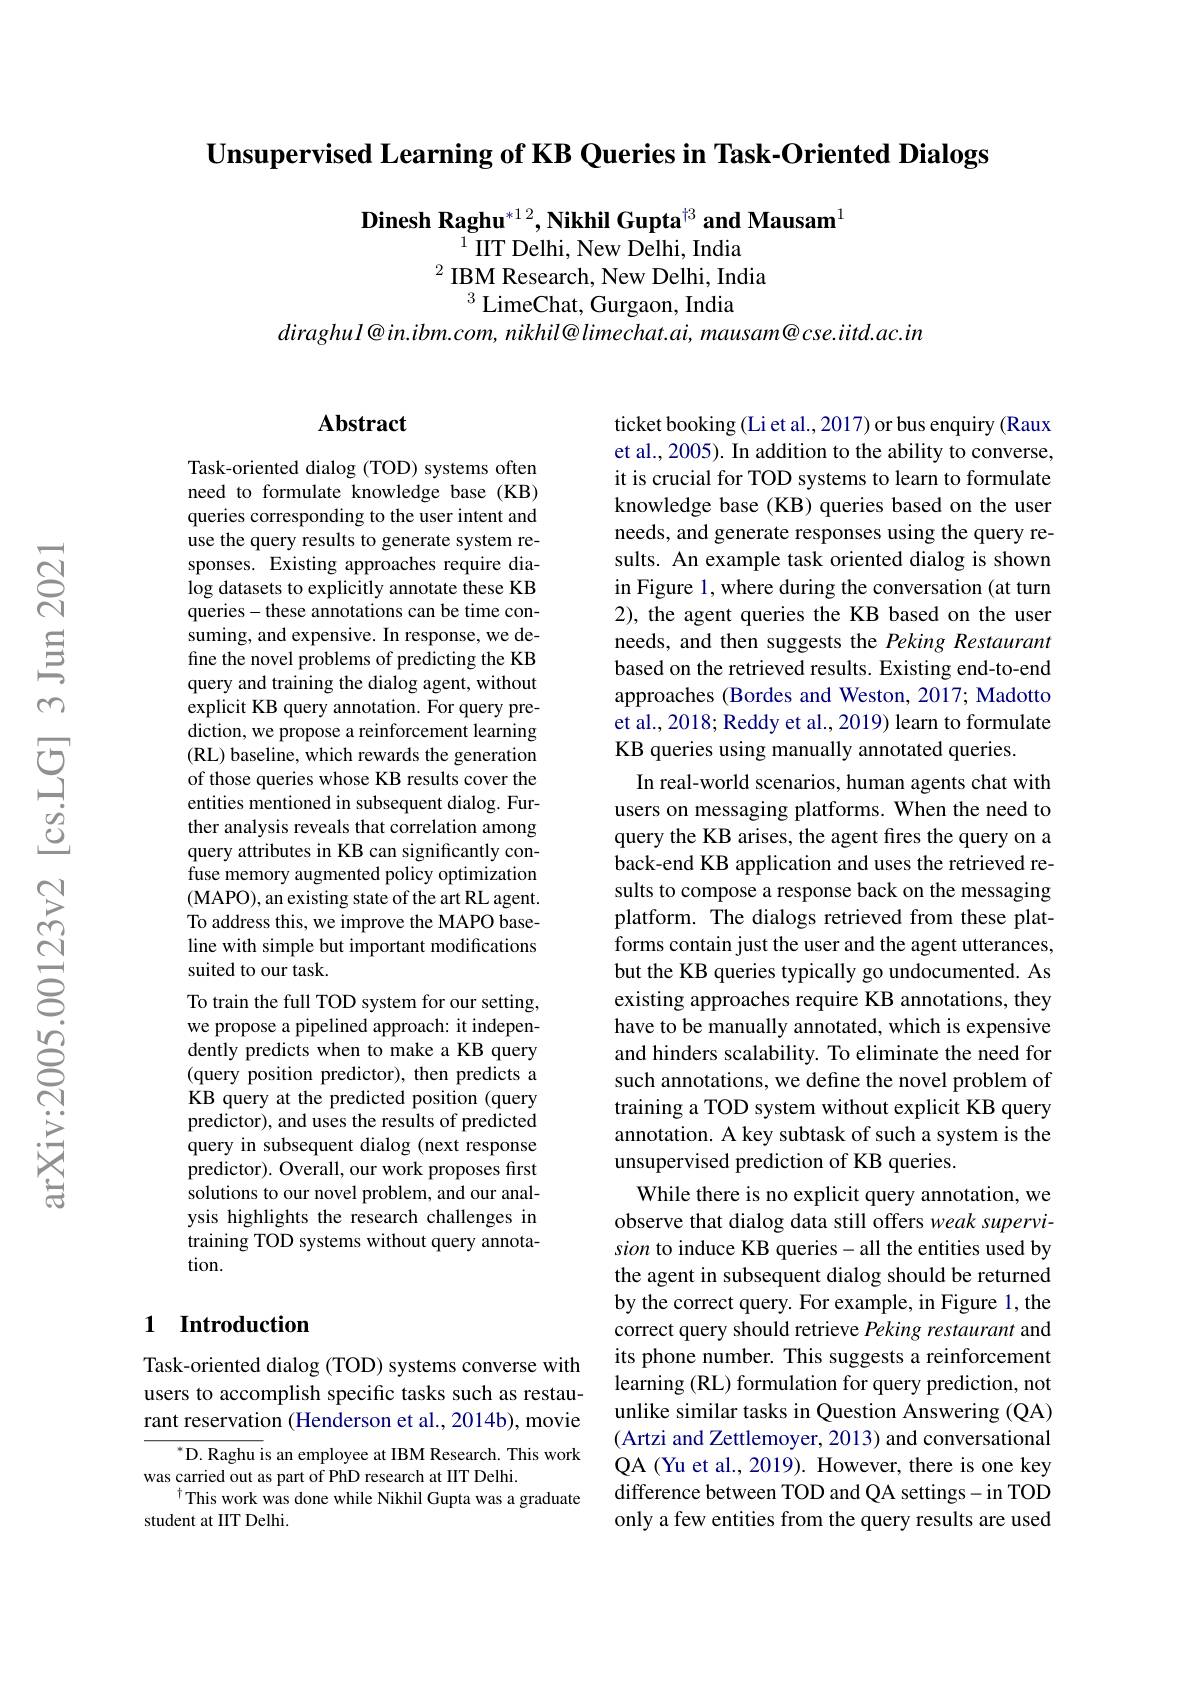
$\textbf{Unsupervised Learning of KB Queries in Task- Oriented Dialogs}$

Dinesh Raghu$^{*12},\textbf{Nikhil Gupta}^{\dagger3}$ and Mausam$^{1}$
$^{1}$IIT Delhi, New Delhi, India
$^{2}$ IBM Research, New Delhi, India
$^3$ LimeChat, Gurgaon, India

$diraghul@in.ibm.com,nikhil@limechat.ai,mausam@cse.iitd.ac.in$

### $\mathbf{Abstract}$

Task-oriented dialog (TOD) systems often need to formulate knowledge base (KB) queries corresponding to the user intent and use the query results to generate system responses. Existing approaches require dialog datasets to explicitly annotate these KB queries- these annotations can be time consuming, and expensive. In response, we define the novel problems of predicting the KB query and training the dialog agent, without explicit KB query annotation. For query prediction, we propose a reinforcement learning (RL) baseline, which rewards the generation of those queries whose KB results cover the entities mentioned in subsequent dialog. Further analysis reveals that correlation among query attributes in KB can significantly confuse memory augmented policy optimization (MAPO), an existing state of the art RL agent. To address this, we improve the MAPO baseline with simple but important modifications suited to our task.
To train the full TOD system for our setting, we propose a pipelined approach: it independently predicts when to make a KB query (query position predictor), then predicts a KB query at the predicted position (query predictor), and uses the results of predicted query in subsequent dialog (next response predictor). Overall, our work proposes first solutions to our novel problem, and our analysis highlights the research challenges in training TOD systems without query annotation.

## 1 Introduction

Task-oriented dialog (TOD) systems converse with users to accomplish specific tasks such as restaurant reservation (Henderson et al., 2014b), movie

$^*$D.Raghu is an employee at IBM Research. This work
was carried out as part of PhD research at IIT Delhi.
$^{\dagger}$This work was done while Nikhil Gupta was a graduate
student at IIT Delhi.

ticket booking (Li et al., 2017) or bus enquiry (Raux et al., 2005). In addition to the ability to converse, it is crucial for TOD systems to learn to formulate knowledge base (KB) queries based on the user needs, and generate responses using the query results. An example task oriented dialog is shown in Figure 1, where during the conversation (at turn 2), the agent queries the KB based on the user needs, and then suggests the Peking Restaurant based on the retrieved results. Existing end-to-end approaches (Bordes and Weston, 2017; Madotto et al., 2018; Reddy et al., 2019) learn to formulate KB queries using manually annotated queries.
In real-world scenarios, human agents chat with users on messaging platforms. When the need to query the KB arises, the agent fires the query on a back-end KB application and uses the retrieved results to compose a response back on the messaging platform. The dialogs retrieved from these platforms contain just the user and the agent utterances, but the KB queries typically go undocumented. As existing approaches require KB annotations, they have to be manually annotated, which is expensive and hinders scalability. To eliminate the need for such annotations, we define the novel problem of training a TOD system without explicit KB query annotation. A key subtask of such a system is the unsupervised prediction of KB queries.
While there is no explicit query annotation, we observe that dialog data still offers weak supervision to induce KB queries- all the entities used by the agent in subsequent dialog should be returned by the correct query. For example, in Figure 1, the correct query should retrieve Peking restaurant and its phone number. This suggests a reinforcement learning (RL) formulation for query prediction, not unlike similar tasks in Question Answering (QA) (Artzi and Zettlemoyer, 2013) and conversational QA (Yu et al., 2019). However, there is one key difference between TOD and QA settings- in TOD only a few entities from the query results are used